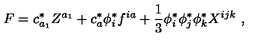
F = c _ { a _ { 1 } } ^ { * } Z ^ { a _ { 1 } } + c _ { a } ^ { * } \phi _ { i } ^ { * } f ^ { i a } + \frac { 1 } { 3 } \phi _ { i } ^ { * } \phi _ { j } ^ { * } \phi _ { k } ^ { * } X ^ { i j k } \ ,